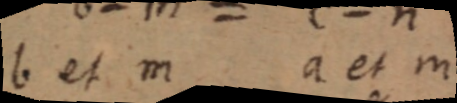
b et m a et m